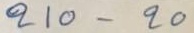
210 - 20